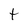
Character: T